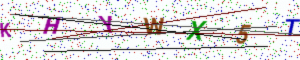
Text: KHYWX5T